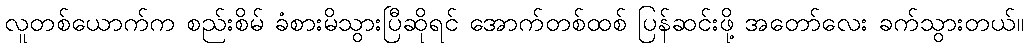
လူတစ်ယောက်က စည်းစိမ် ခံစားမိသွားပြီဆိုရင် အောက်တစ်ထစ် ပြန်ဆင်းဖို့ အတော်လေး ခက်သွားတယ်။